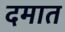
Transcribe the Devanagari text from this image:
दमात